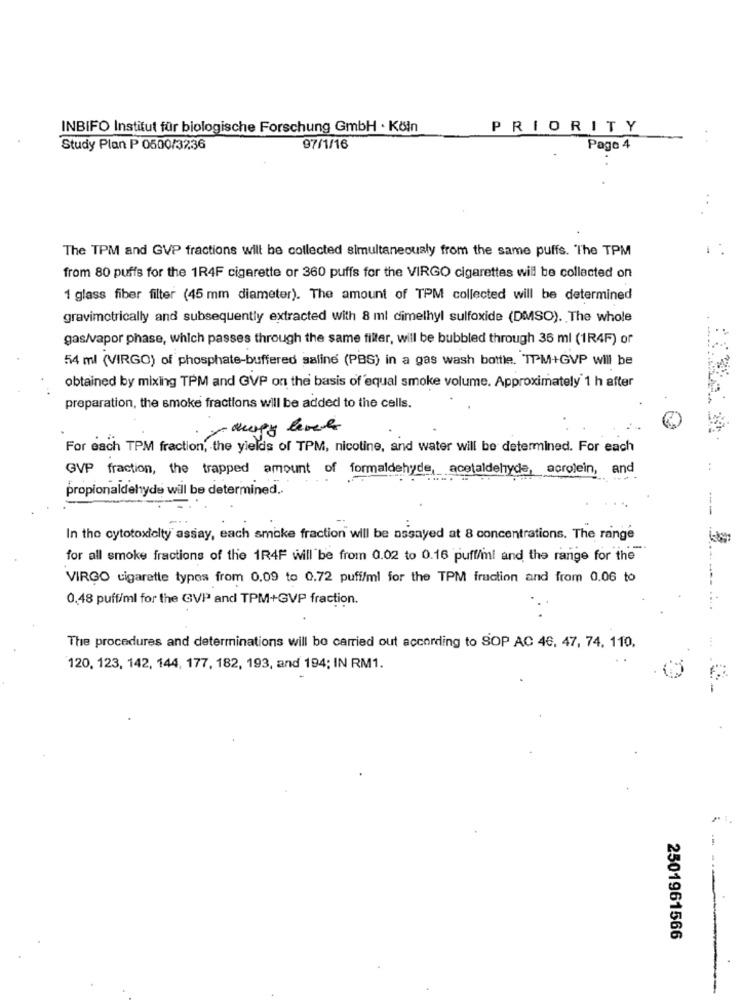
INBIFO Institut für biologische Forschung GmbH · Köln
PRIORITY
Study Plan P 0500/3236
97/1/16
Page 4
The TPM and GVP fractions will be collected simultaneously from the same puffs. "The TPM
from 80 puffs for the 1R4F cigarette or 360 puffs for the VIRGO cigarettes will be collected on
1 glass fiber filter (45 mm diameter). The amount of TPM collected will be determined
gravimetrically and subsequently extracted with 8 ml dimethyl sulfoxide (DMSO). The whole
gas/vapor phase, which passes through the same filler, will be bubbled through 36 ml (1R4F) or
54 ml (VIRGO) of phosphate-buffered saline (PBG) in a gas wash bottle. TPM+GVP will be
obtained by mixing TPM and GVP on the basis of equal smoke volume. Approximately 1 h after
preparation, the smoke fractions will be added to the cells.
yourgy levels
For each TPM fraction, the yields of TPM, nicotine, and water will be determined. For each
GVP fraction, the trapped amount of formaldehyde, acetaldehyde, acrolein, and
propionaldehyds will be determined ..
In the cytotoxicity assay, each smoke fraction will be assayed at 8 concentrations. The range
for all smoke fractions of the 1R4F will be from 0.02 to 0.16 puff/ml and the range for the
VIRGO cigarette types from 0.09 to 0.72 puff/ml for the TPM fraction and from 0.06 to
0,48 puff/ml for the GVP and TPM+GVP fraction.
The procedures and determinations will be carried out according to SOP AC 46, 47, 74. 110.
120, 123, 142, 144, 177, 182, 193, and 194; IN RM1.
2501961566